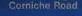
corniche